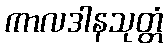
ကာလဒါနသုတ္တံ